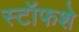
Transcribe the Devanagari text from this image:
स्टॉफशे